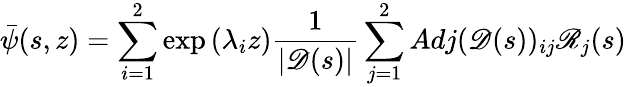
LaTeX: \bar{\psi}(s,z)=\sum_{i=1}^{2}\exp{(\lambda_{i}z)}\frac{1}{|\mathscr{D}(s)|}\sum_{j=1}^{2}Adj(\mathscr{D}(s))_{ij}\mathscr{R}_{j}(s)